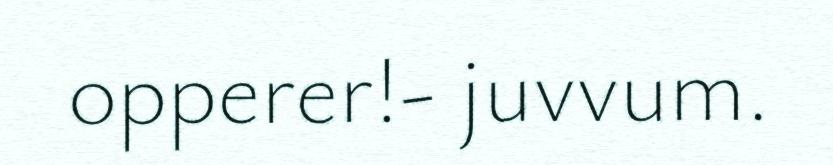
opperer!- juvvum.